Sketch of the medical history of the native army of Bombay, for the year
Year: 1872
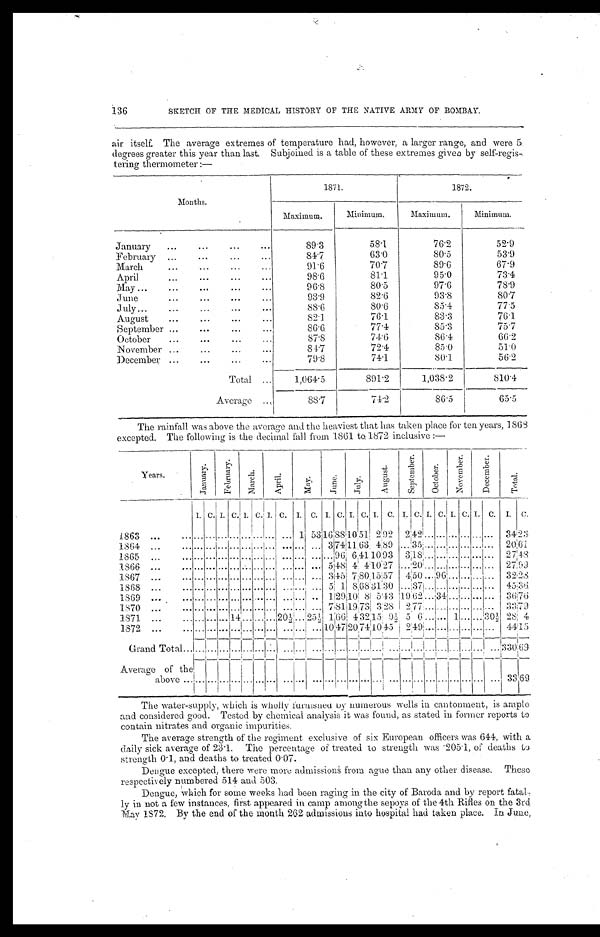
136
SKETCH OF THE MEDICAL HISTORY OF THE NATIVE ARMY OF BOMBAY.
air itself. The average extremes of temperature had, however, a larger range, and were 5
degrees greater this year than last. Subjoined is a table of these extremes given by self-regis
-
tering thermometer :—
Months.
1871.
1872.
Maximum.
Minimum.
Maximum.
Minimum.
January . . .
89.3
58.1
76.2
52.9
February . . .
84.7
63.0
80.5
53.9
March . . .
91.6
70.7
89.6
67.9
April . . .
98.6
81.1
95.0
73.4
May . . .
96.8
80.5
97.6
78.9
June . . .
93.9
82.6
93.8
80.7
July . . .
88.6
80.6
85.4
77.5
August . . .
82.1
76.1
83.3
76.1
September . . .
86.6
77.4
85.3
75.7
October . . .
87.8
74.6
86.4
66.2
November . . .
84.7
72.4
85.0
51.0
December . . .
79.8
74.1
80.1
56.2
Total . . .
1,064.5
891.2
1,038.2
810.4
Average . . .
887
74.2
86.5
65.5
The rainfall was above the average and the heaviest that has taken place for ten years, 1868
excepted. The following is the decimal fall from 1861 to,1872 inclusive :—
Years.
J a n u a r y .
F e b r u a r y .
M a r c h .
A p r i l .
M a y .
J u n e .
J u l y .
A u g u s t .
S e p t e m b e r .
O c t o b e r .
N o v e m b e r .
D e c e m b e r .
T o t a l .
I. C. I. C. I. C. I. C.
I.
C. I. C. I. C. I.
C. I.
C. I. C. I. C. I.
C.
I.
C.
1863 . . .
. . .
. . .
. . .
. . .
. . .
. . .
. . .
. . . 1 53
1 6
88 10 51
2
92
2
42
. . .
. . .
. . .
. . .
. . .
. . . 34
2 3
1864 . . .
. . .
. . .
. . .
. . .
. . .
. . .
. . .
. . .
. . .
. . . 3 74 11 63
4 89
. . .
3 5 . . .
. . .
. . .
. . . . . .
. . .
20
6 1
1865 . . .
. . .
. . .
. . .
. . .
. . .
. . .
. . .
. . .
. . .
. . .
. . .
9 6
6
4 1
1 0
9 3
3 18
. . .
. . .
. . .
. . . . . .
. . .
27
4 8
1866 . . .
. . .
. . .
. . .
. . .
. . .
. . .
. . .
. . .
. . .
. . .
5 48 4 4 10
2 7
. . .
2 0 . . .
. . .
. . .
. . .. . .
. . . 27
9 9
1867 . . .
. . .
. . .
. . .
. . .
. . .
. . .
. . .
. . .
. . .
. . .
3
4 5
7
8 0 15
5 7
4 50
. . . 96
. . .
. . . . . .
. . . 32
2 3
1868 . . .
. . .
. . .
. . .
. . .
. . .
. . .
. . .
. . .
. . .
. . .
5
1
8
6 8
3 1
3 0
. . .
3 7
. . .
. . .
. . .
. . .. . .
. . .
45
3 6
1869 . . .
. . .
. . .
. . .
. . .
. . .
. . .
. . .
. . .
. . .
. . .
1
2 9
1 0
8
5 43
1 9
6 2
. . . 34
. . .
. . . . . .
. . .
3 6
7 6
1870 . . .
. . .
. . .
. . .
. . .
. . .
. . .
. . .
. . .
. . .
. . .
7
8 1
1 9
7 3
3 2 8
2
7 7
. . .
. . .
. . .
. . . . . .
. . .
3 3
7 9
1871 . . .
. . .
. . .
. . . 14
. . .
. . .
. . . 20½
. . .
2 5 ½
1
6 6
4
3 2 15
9 ½ 5 6
. . .
. . . 1
. . .. . .
3 0 ½
2 8 4
1872 . . .
. . .
. . .
. . .
. . .
. . .
. . .
. . .
. . .
. . .
. . . 10
4 7
20 74
1 0
4 5
2
4 9
. . .
. . .
. . .
. . . . . .
. . .
44
1 5
Grand Total . . .
. . .
. . .
. . .
. . .
. . .
. . .
. . .
. . .
. . .
. . .
. . .
. . .
. . .
. . .
. . .
. . .
. . .
. . .
. . .
. . .
. . .
. . .
. . .
. . .
3 3 0
6 9
Average of the above . . .
. . .
. . .
. . .
. . .
. . .
. . .
. . .
. . .
. . .
. . .
. . .
. . .
. . .
. . .
. . .
. . .
. . .
. . .
. . .
. . .
. . .
. . .. . .
. . .
3 3
6 9
The water-supply, which is wholly furnished by numerous wells in cantonment, is ample
and considered good. Tested by chemical analysis it was found, as stated in former reports to
contain nitrates and organic impurities.
The average strength of the regiment exclusive of six European officers was 644, with a
daily sick average of 23.1. The percentage of treated to strength was 205.1, of deaths to
strength 0.1, and deaths to treated 0.07.
Dengue excepted, there were more admissions from ague than any other disease. These
respectively numbered 514 and 503.
Dengue, which for some weeks had been raging in the city of Baroda and by report fatal
-
l y i n n o t a f e w i n s t a n c e s , f i r s t a p p e a r e d i n c a m p a m o n g t h e s e p o y s o f t h e 4 t h R i f l e s o n t h e 3 r d
May 1872. By the end of the month 262 admissions into hospital had taken place. In June